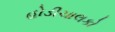
હોડીચાલકો